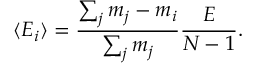
\langle E _ { i } \rangle = \frac { \sum _ { j } m _ { j } - m _ { i } } { \sum _ { j } m _ { j } } \frac { E } { N - 1 } .